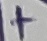
Text: +